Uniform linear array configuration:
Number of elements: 12
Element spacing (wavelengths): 1
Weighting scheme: hamming
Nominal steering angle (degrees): -60
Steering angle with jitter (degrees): -61.782
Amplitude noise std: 0.05
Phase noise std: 0.05

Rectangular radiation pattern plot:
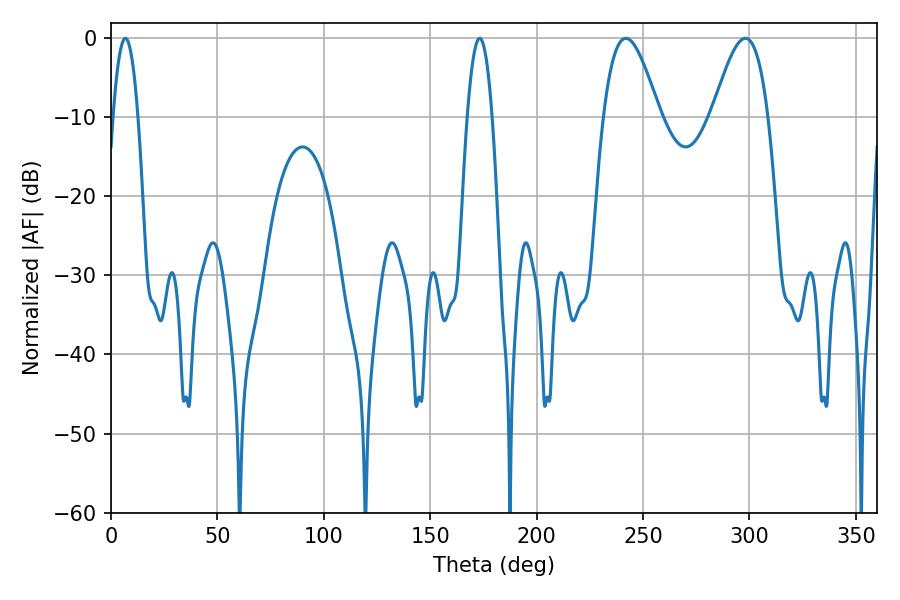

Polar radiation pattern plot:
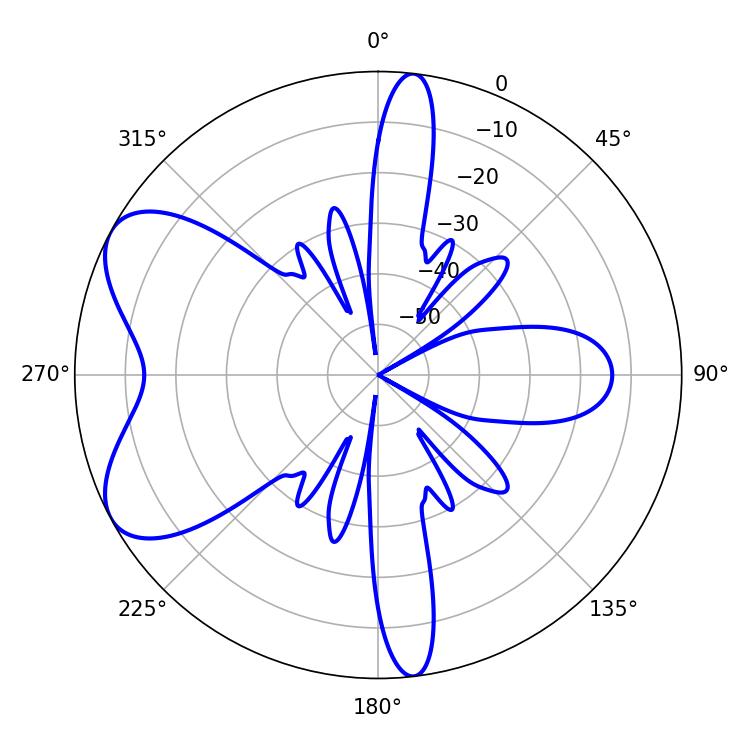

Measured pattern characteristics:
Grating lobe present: TRUE
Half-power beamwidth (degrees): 14.22
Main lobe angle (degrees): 241.92